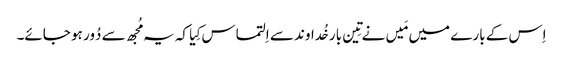
اِس کے بارے میں مَیں نے تِین بار خُداوند سے اِلتماس کِیا کہ یہ مُجھ سے دُور ہو جائے۔